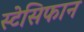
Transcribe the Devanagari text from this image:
स्टेसिफान